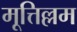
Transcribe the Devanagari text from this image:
मूत्तिल्लम